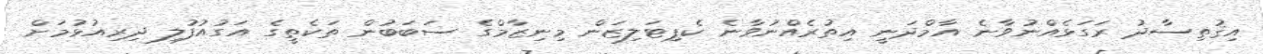
އިޤުތިސާދު ރަގަޅެއްނުވާނެ އާމްދަނީ އިތުރެއްނުވާނެ ކެޕިޓަލިޒަން މިނިޒާމްގެ ސަބަބުން ތަކެތީގެ އަގުއުފުލި ދިރިއުޅުމަށް